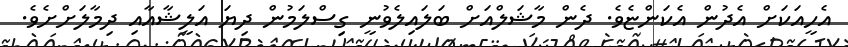
އެހީއަކަށް އެދުން އެކަންޏެވެ. ދެން މާޝަލްއަށް ބަލައިލެވުނީ ގިސްލަމުން ދިޔަ އަލީޝާއާއި ދިމާލަށްށެވެ.